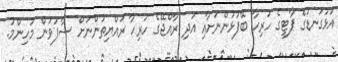
އަޅުގަނޑުގެ ޕާޓީގެ ހުރިހާ ބޭފުޅުންނަށާއި އަދި ރާއްޖޭގެ ހުރިހާ ރައްޔިތުންނަށް ސާފުވުން މުހިންމު.